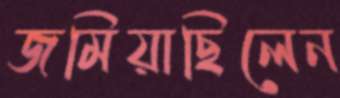
জমিয়াছিলেন